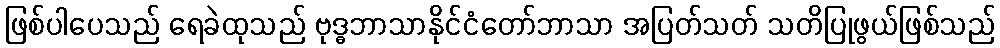
ဖြစ်ပါပေသည် ရေခဲထုသည် ဗုဒ္ဓဘာသာနိုင်ငံတော်ဘာသာ အပြတ်သတ် သတိပြုဖွယ်ဖြစ်သည်